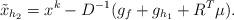
LaTeX: \begin{align*}\tilde{x}_{h_2} = x^k - D^{-1} ( g_f + g_{h_1} + R^T \mu).\end{align*}